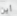
أين